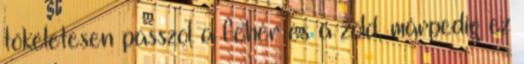
tökéletesen passzol a fehér és a zöld, márpedig ez